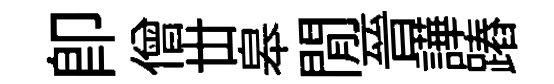
卽僧丗皋閒晉譁蹖